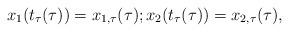
LaTeX: \begin{align*} x_1(t_\tau(\tau)) = x_{1,\tau}(\tau); x_2(t_\tau(\tau)) = x_{2,\tau}(\tau),\end{align*}